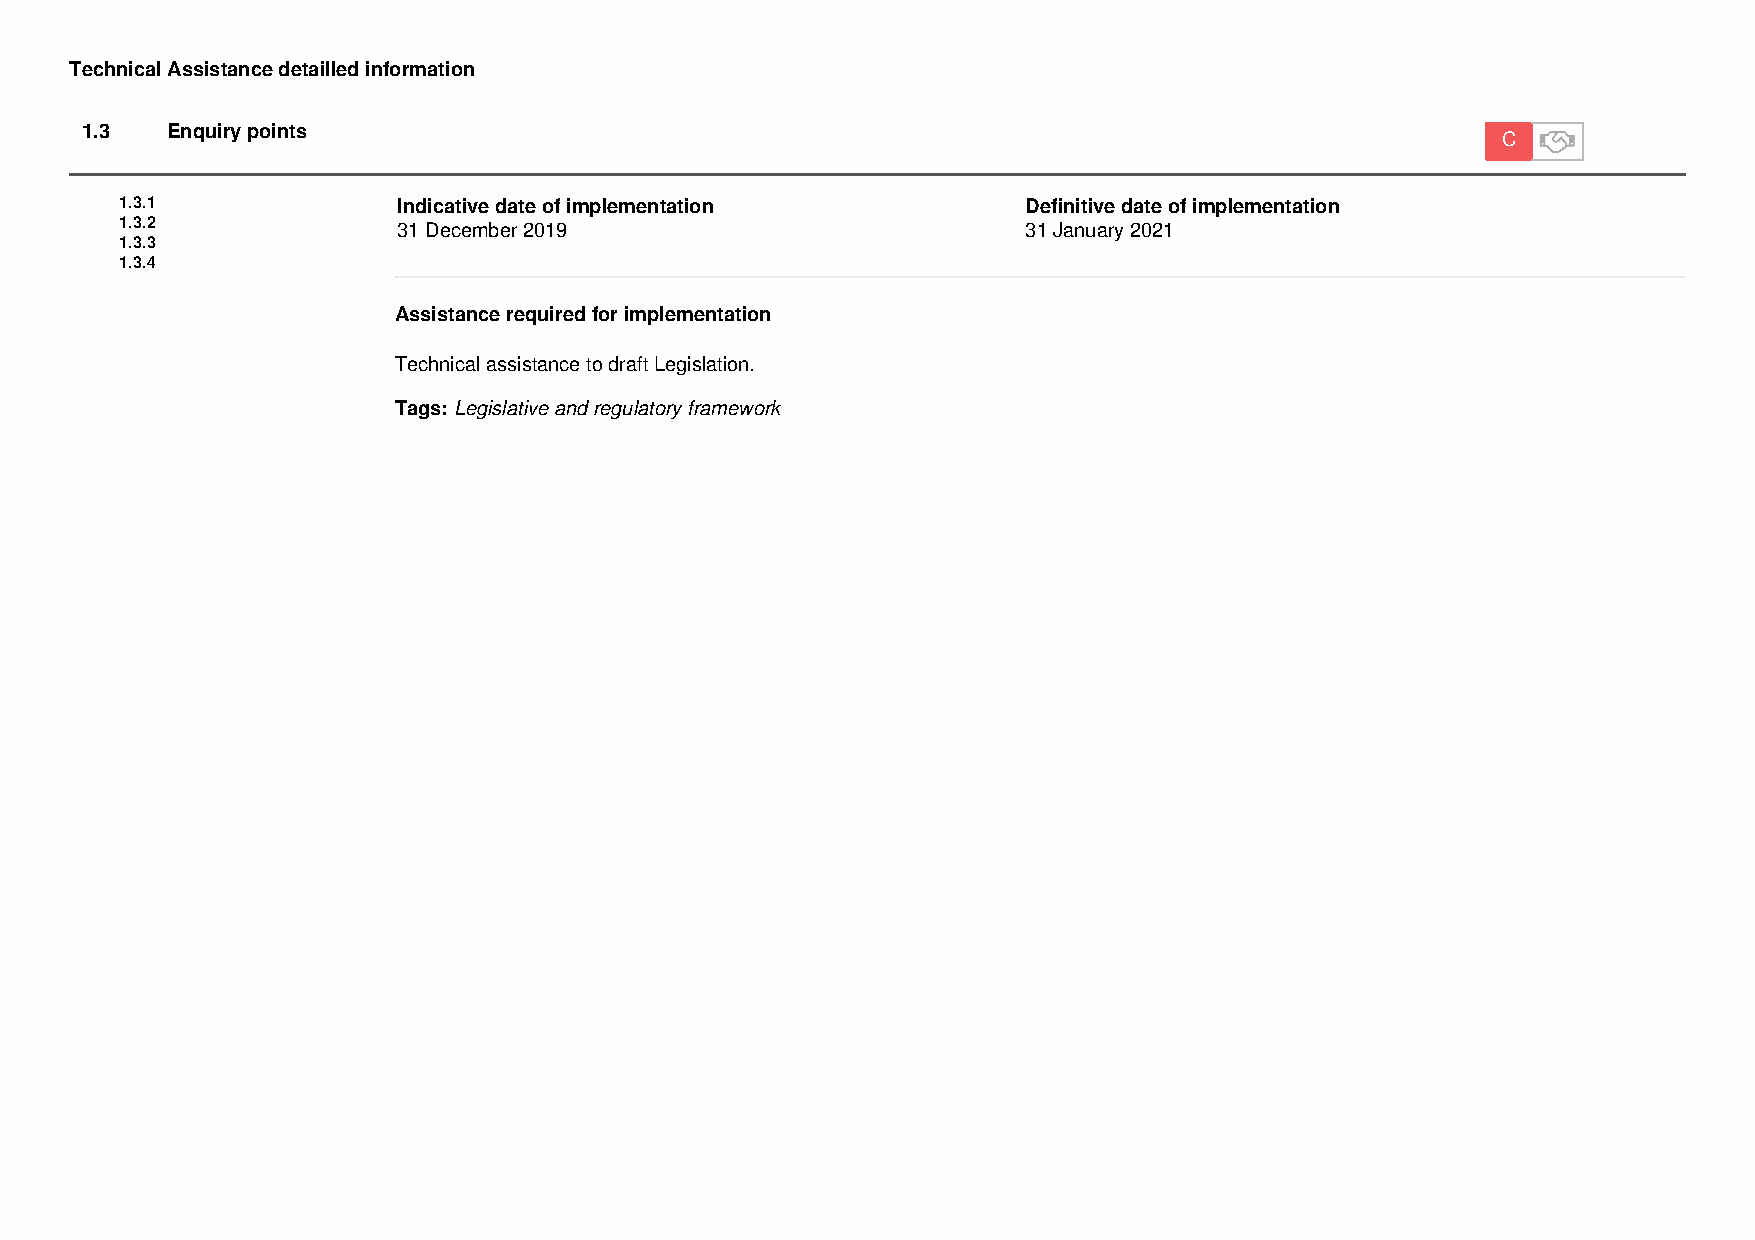
Technical Assistance detailled information
 1.3   Enquiry points
 C
 1.3.1             Indicative date of implementation         Definitive date of implementation
 1.3.2             31 December 2019                          31 January 2021
 1.3.3
 1.3.4
 Assistance required for implementation
 Technical assistance to draft Legislation.
 Tags: Legislative and regulatory framework